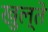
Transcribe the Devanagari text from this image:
खुल्ते